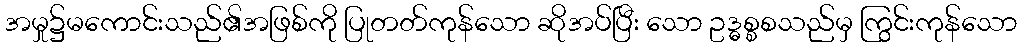
အမှု၌မကောင်းသည်၏အဖြစ်ကို ပြုတတ်ကုန်သော ဆိုအပ်ပြီး သော ဥဒ္ဓစ္စစသည်မှ ကြွင်းကုန်သော